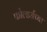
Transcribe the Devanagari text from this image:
फोल्डर्सच्या